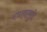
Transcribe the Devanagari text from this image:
स्त्रावामुळे